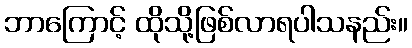
ဘာကြောင့် ထိုသို့ဖြစ်လာရပါသနည်း။